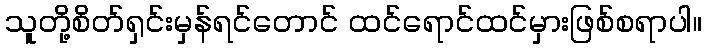
သူတို့စိတ်ရှင်းမှန်ရင်တောင် ထင်ရောင်ထင်မှားဖြစ်စရာပါ။